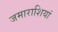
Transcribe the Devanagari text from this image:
जमाराशियां